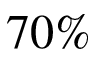
7 0 \%